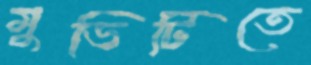
মুভিটিতে